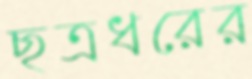
ছত্রধরের